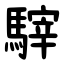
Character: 䮨